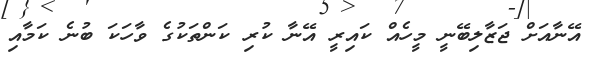
އޭނާއަށް ޖަޒާލިބޭނީ މީހެއް ކައިރީ އޭނާ ކުރި ކަންތަކުގެ ވާހަކަ ބުނެ ކަމާއި